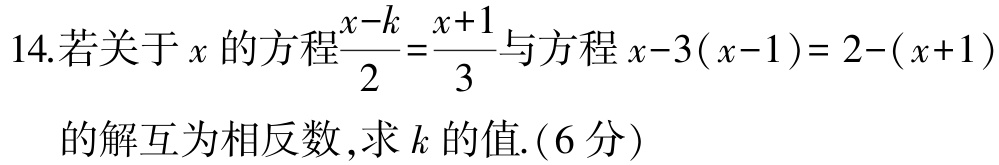
14.若关于\(x\)的方程\(\frac{x - k}{2}=\frac{x + 1}{3}\)与方程\(x - 3(x - 1)=2-(x + 1)\)的解互为相反数，求\(k\)的值.(6分)